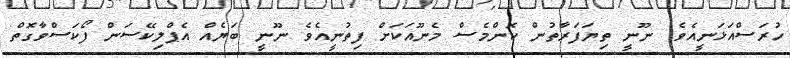
ހުރަސްއަޅަނީއެވެ. ނޫނީ ތިޔަފަރާތުން ކޮންމެސް މެނޫއަކަށް ފިތުނީއެވެ ނޫނީ ބަޔެއް އެޕްލިކޭސަން ފޯކަސްވާގޮތް